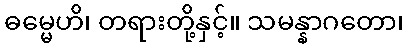
ဓမ္မေဟိ၊ တရားတို့နှင့်။ သမန္နာဂတော၊